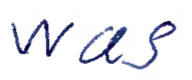
Text: was
Cross-out: clean
Writing tool: ballpoint